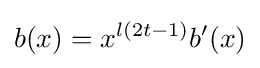
b(x)=x^{l(2t-1)}b'(x)